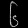
Digit: ၆